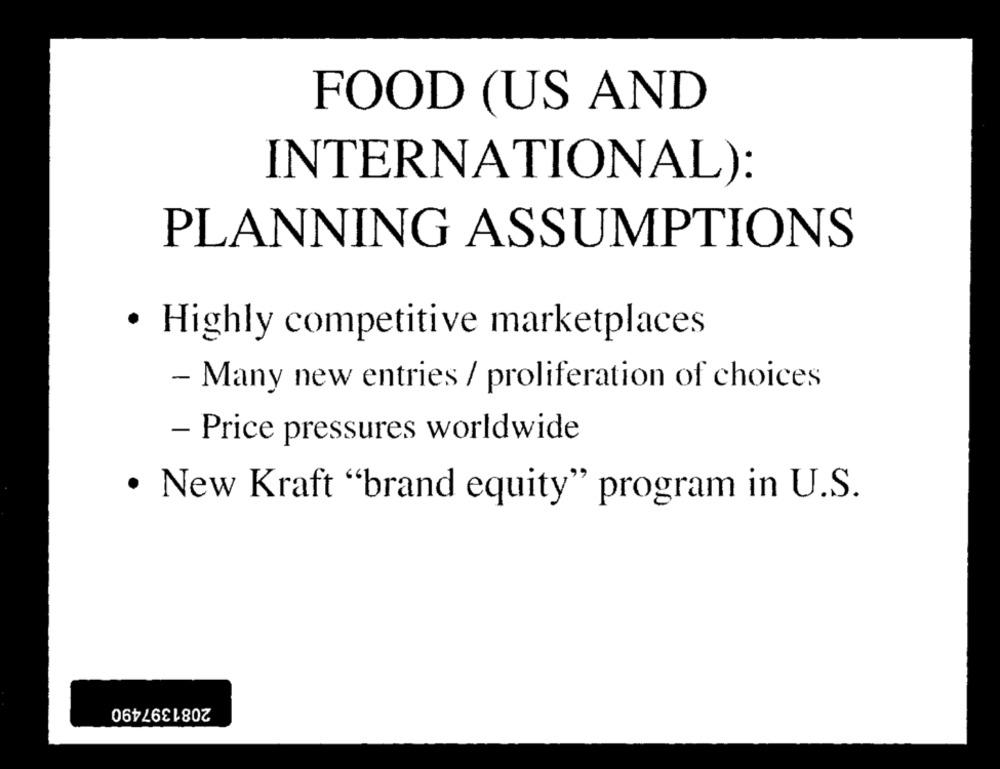
FOOD (US AND
INTERNATIONAL):
PLANNING ASSUMPTIONS
· Highly competitive marketplaces
- Many new entries / proliferation of choices
- Price pressures worldwide
· New Kraft "brand equity" program in U.S.
2081397490